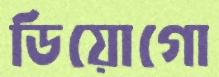
ডিয়োগো